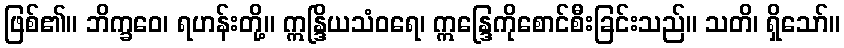
ဖြစ်၏။ ဘိက္ခဝေ၊ ရဟန်းတို့။ ဣန္ဒြိယသံဝရေ၊ ဣန္ဒြေကိုစောင်စီးခြင်းသည်။ သတိ၊ ရှိသော်။